Madras plague regulations in force outside the Presidency town - Volume 5
Disease focus: Plague
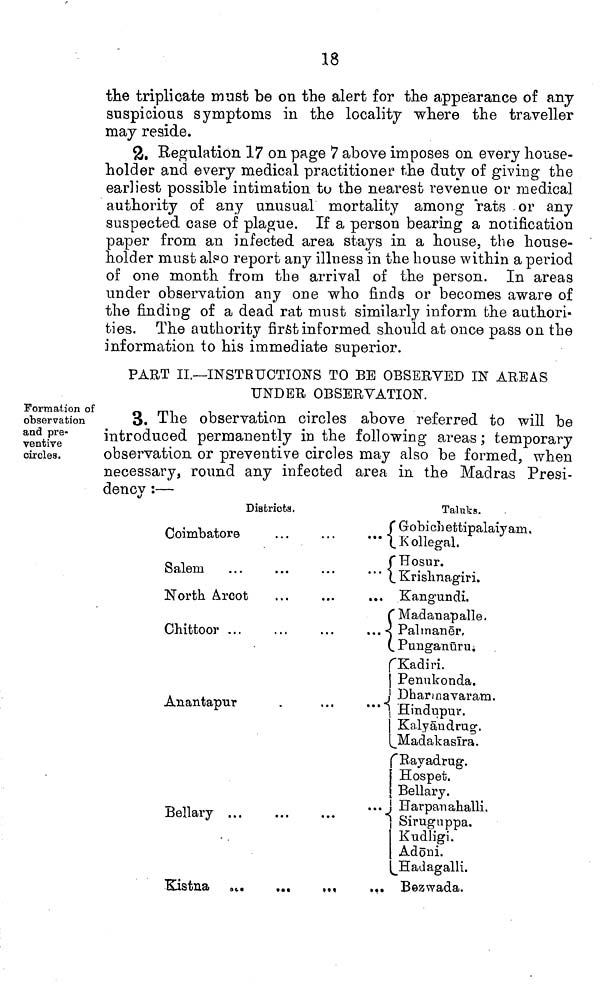
18
the triplicate must be on the alert for the appearance of any
suspicious symptoms in the locality where the traveller
may reside.
2. Regulation 17 on page 7 above imposes on every house-
holder and every medical practitioner the duty of giving the
earliest possible intimation to the nearest revenue or medical
authority of any unusual mortality among rats or any
suspected case of plague. If a person bearing a notification
paper from an infected area stays in a house, the house-
holder must also report any illness in the house within a period
of one month from the arrival of the person. In areas
under observation any one who finds or becomes aware of
the finding of a dead rat must similarly inform the authori-
ties. The authority frist informed should at once pass on the
information to his immediate superior.
PART II.—INSTRUCTIONS TO BE OBSERVED IN AREAS
UNDER OBSERVATION.
Formation of
observation
and pre-
ventive
circles.
3. The observation circles above referred to will be
introduced permanently in the following areas; temporary
observation or preventive circles may also be formed, when
necessary, round any infected area in the Madras Presi-
dency :—
Districts.
Coimbatore
Salem
North Arcot
Chittoor ...
Anantapur
Bellary ...
Taluks.
Gobichettipalaiyam.
kollegal.
Hosur.
Krishnagiri
Kangundi.
(Madanapalle.
... Palmaner
Punganuru.
Kadiri
Penukonda.
Dharmavaram.
Hindupur.
Kalyandrug.
Madakasïra.
Bayadrug.
Hospet.
Bellary.
... Harpanahalli.
Siruguppa.
Kudligi.
Adöni.
Hadagalli.